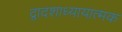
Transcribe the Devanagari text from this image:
द्वादशाध्यायात्मक